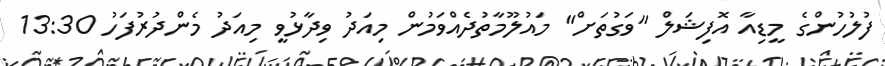
ފުލުހުންގެ މީޑިއާ އޮފިޝަލް "ވަގުތަށް" މައުލޫމާތުދެއްވަމުން މިއަދު ވިދާޅުވީ މިއަދު މެންދުރުފަހު 13:30